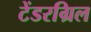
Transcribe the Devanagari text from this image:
टेंडरग्रिल